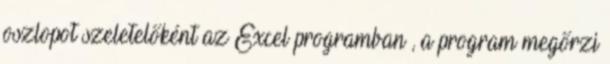
oszlopot szeletelőként az Excel programban , a program megőrzi